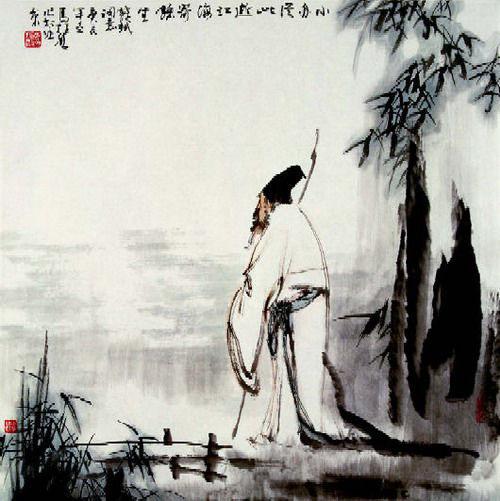
惊起却回头，有恨无人省。